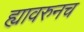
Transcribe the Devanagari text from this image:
ह्यावरुनच